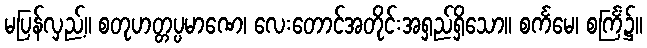
မပြန်လှည့်။ စတုဟတ္တပ္ပမာဏေ၊ လေးတောင်အတိုင်းအရှည်ရှိသော။ စင်္ကမေ၊ စင်္ကြံ၌။